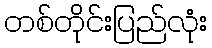
တစ်တိုင်းပြည်လုံး